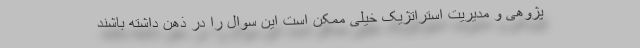
پژوهی و مدیریت استراتژیک خیلی ممکن است این سوال را در ذهن داشته باشند